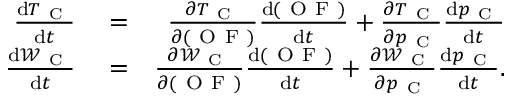
\begin{array} { r l r } { \frac { \mathrm { d } T _ { \mathrm { ~ C ~ } } } { \mathrm { d } t } } & { { } = } & { \frac { \partial T _ { \mathrm { ~ C ~ } } } { \partial ( \mathrm { ~ O ~ F ~ } ) } \frac { \mathrm { d } ( \mathrm { ~ O ~ F ~ } ) } { \mathrm { d } t } + \frac { \partial T _ { \mathrm { ~ C ~ } } } { \partial p _ { \mathrm { ~ C ~ } } } \frac { \mathrm { d } p _ { \mathrm { ~ C ~ } } } { \mathrm { d } t } } \\ { \frac { \mathrm { d } \mathcal { W } _ { \mathrm { ~ C ~ } } } { \mathrm { d } t } } & { { } = } & { \frac { \partial \mathcal { W } _ { \mathrm { ~ C ~ } } } { \partial ( \mathrm { ~ O ~ F ~ } ) } \frac { \mathrm { d } ( \mathrm { ~ O ~ F ~ } ) } { \mathrm { d } t } + \frac { \partial \mathcal { W } _ { \mathrm { ~ C ~ } } } { \partial p _ { \mathrm { ~ C ~ } } } \frac { \mathrm { d } p _ { \mathrm { ~ C ~ } } } { \mathrm { d } t } . } \end{array}